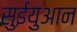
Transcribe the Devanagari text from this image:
सुईयुआन